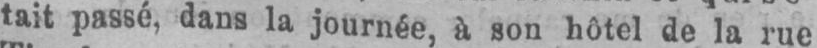
tait passé, dans la journée, à son hôtel de la rue